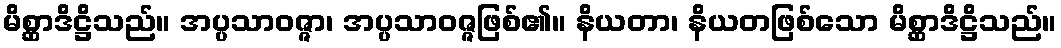
မိစ္ဆာဒိဋ္ဌိသည်။ အပ္ပသာဝဇ္ဇာ၊ အပ္ပသာဝဇ္ဇဖြစ်၏။ နိယတာ၊ နိယတဖြစ်သော မိစ္ဆာဒိဋ္ဌိသည်။